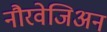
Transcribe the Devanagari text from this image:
नौरवेजिअन